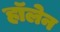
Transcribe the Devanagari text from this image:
हॉलेन